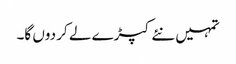
تمہیں نئے کپڑے لے کر دوں گا۔